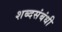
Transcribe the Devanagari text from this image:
शब्दसंबंधी